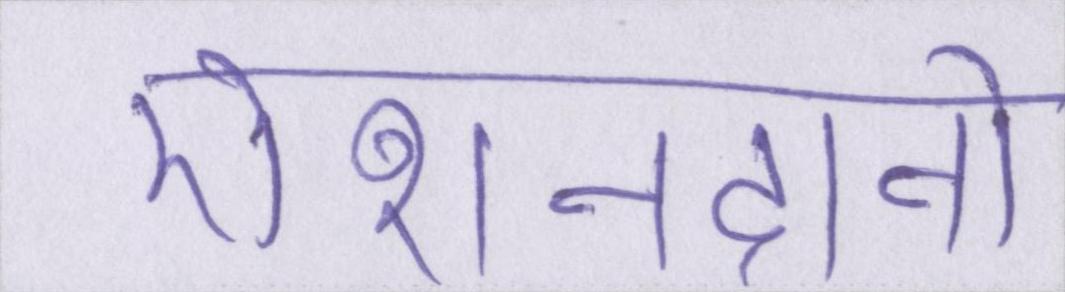
रोशनदानों